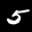
Label: 5